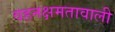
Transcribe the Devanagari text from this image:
वहनक्षमतावाली